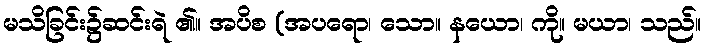
မသိခြင်း၌ဆင်းရဲ ၏။ အပိစ (အပရော၊ သော။ နယော၊ ကို။ မယာ၊ သည်။